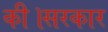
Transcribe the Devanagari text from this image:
की।सरकार